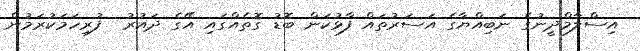
އިސްލާމްދީނުގެ ނަބިއްޔާގެ އަސަރުތައް ފާޅުކަން ބޮޑު ގޮތެއްގައި އޭގެ ދައުރު  ފުރިހަމަކުރަމުން